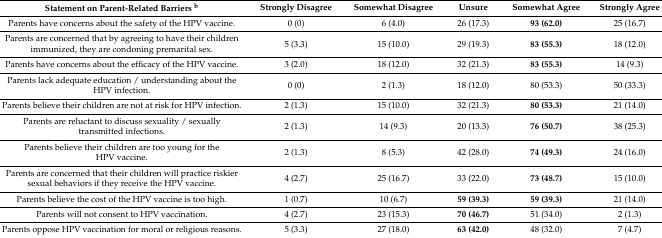
| Statement on Parent-Related Barriers b | Strongly Disagree | Somewhat Disagree | Unsure | Somewhat Agree | Strongly Agree |
 | --- | --- | --- | --- | --- | --- |
 | Parents have concerns about the safety of the HPV vaccine. | 0 (0) | 6 (4.0) | 26 (17.3) | 93 (62.0) | 25 (16.7) |
 | Parents are concerned that by agreeing to have their children immunized, they are condoning premarital sex. | 5 (3.3) | 15 (10.0) | 29 (19.3) | 83 (55.3) | 18 (12.0) |
 | Parents have concerns about the efficacy of the HPV vaccine. | 3 (2.0) | 18 (12.0) | 32 (21.3) | 83 (55.3) | 14 (9.3) |
 | Parents lack adequate education / understanding about the HPV infection. | 0 (0) | 2 (1.3) | 18 (12.0) | 80 (53.3) | 50 (33.3) |
 | Parents believe their children are not at risk for HPV infection. | 2 (1.3) | 15 (10.0) | 32 (21.3) | 80 (53.3) | 21 (14.0) |
 | Parents are reluctant to discuss sexuality / sexually transmitted infections. | 2 (1.3) | 14 (9.3) | 20 (13.3) | 76 (50.7) | 38 (25.3) |
 | Parents believe their children are too young for the HPV vaccine. | 2 (1.3) | 8 (5.3) | 42 (28.0) | 74 (49.3) | 24 (16.0) |
 | Parents are concerned that their children will practice riskier sexual behaviors if they receive the HPV vaccine. | 4 (2.7) | 25 (16.7) | 33 (22.0) | 73 (48.7) | 15 (10.0) |
 | Parents believe the cost of the HPV vaccine is too high. | 1 (0.7) | 10 (6.7) | 59 (39.3) | 59 (39.3) | 21 (14.0) |
 | Parents will not consent to HPV vaccination. | 4 (2.7) | 23 (15.3) | 70 (46.7) | 51 (34.0) | 2 (1.3) |
 | Parents oppose HPV vaccination for moral or religious reasons. | 5 (3.3) | 27 (18.0) | 63 (42.0) | 48 (32.0) | 7 (4.7) |